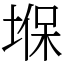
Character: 堢